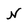
Character: N